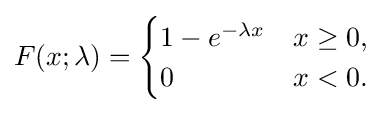
F(x;\lambda )={\begin{cases}1-e^{-\lambda x}&x\geq 0,\\0&x<0.\end{cases}}